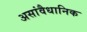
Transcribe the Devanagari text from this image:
असांवैधानिक